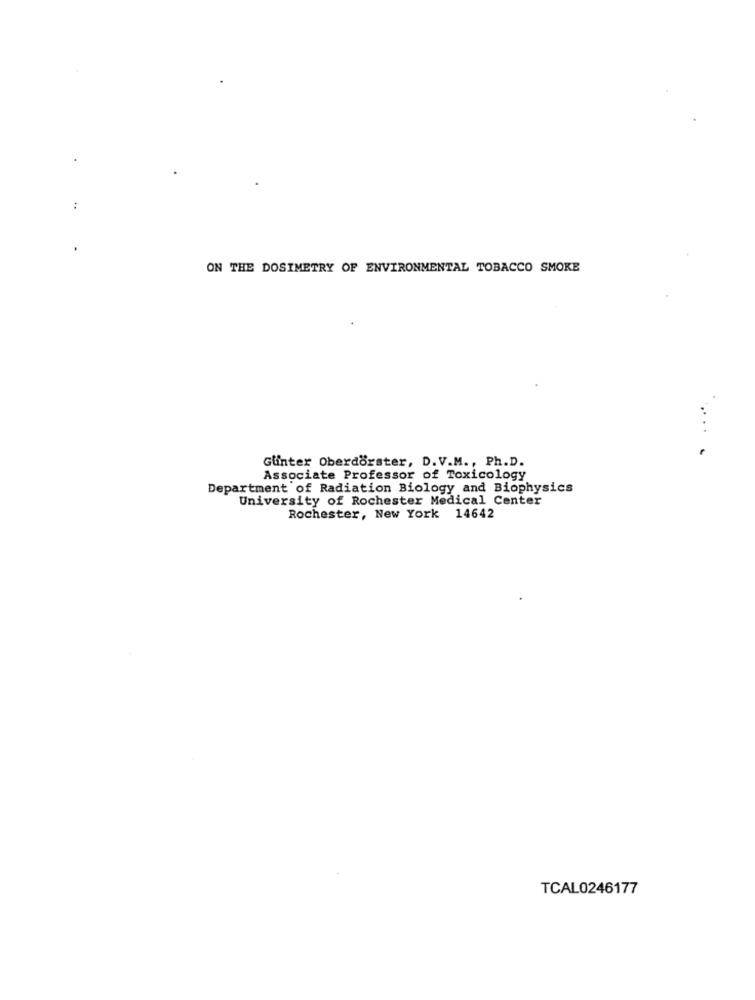
ON THE DOSIMETRY OF ENVIRONMENTAL TOBACCO SMOKE
.....
Gunter Oberdorster, D. V.M ., Ph.D.
Associate Professor of Toxicology
Department of Radiation Biology and Biophysics
University of Rochester Medical Center
Rochester, New York 14642
TCAL0246177